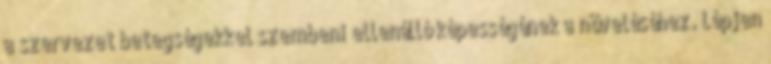
a szervezet betegségekkel szembeni ellenálló képességének a növeléséhez. Lépjen